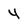
Character: 4